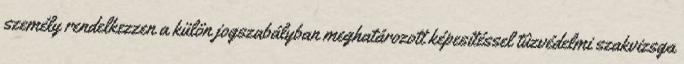
személy rendelkezzen a külön jogszabályban meghatározott képesítéssel tûzvédelmi szakvizsga